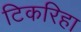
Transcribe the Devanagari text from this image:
टिकरिहा